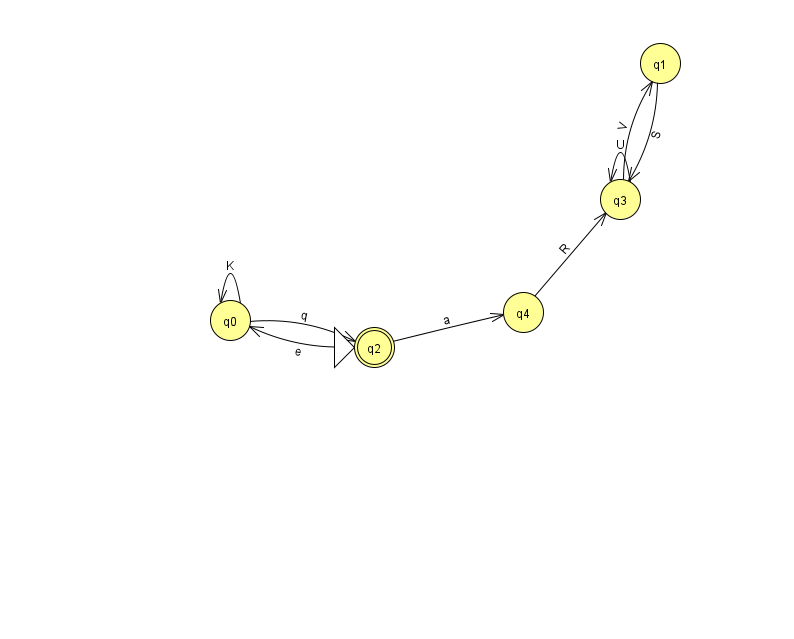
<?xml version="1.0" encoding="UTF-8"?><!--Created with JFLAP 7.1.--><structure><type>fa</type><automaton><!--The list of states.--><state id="0" name="q0"><x>230.0</x><y>307.0</y></state><state id="1" name="q1"><x>660.0</x><y>50.0</y></state><state id="2" name="q2"><x>374.0</x><y>334.0</y><initial/><final/></state><state id="3" name="q3"><x>620.0</x><y>186.0</y></state><state id="4" name="q4"><x>523.0</x><y>299.0</y></state><!--The list of transitions.--><transition><from>2</from><to>4</to><read>a</read></transition><transition><from>1</from><to>3</to><read>S</read></transition><transition><from>3</from><to>3</to><read>U</read></transition><transition><from>3</from><to>1</to><read>V</read></transition><transition><from>0</from><to>2</to><read>q</read></transition><transition><from>4</from><to>3</to><read>R</read></transition><transition><from>0</from><to>0</to><read>K</read></transition><transition><from>2</from><to>0</to><read>e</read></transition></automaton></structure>